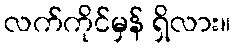
လက်ကိုင်မှန် ရှိလား။